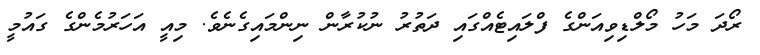
ރޯދަ މަހު މޯލްޑިވިއަންގެ ފްލައިޓެއްގައި ދަތުރު ނުކުރާން ނިންމައިގެނެވެ. މިއީ އަހަރުމެންގެ ގައުމީ